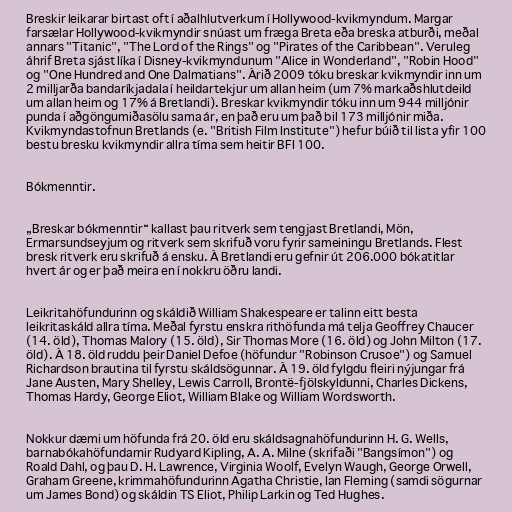
Breskir leikarar birtast oft í aðalhlutverkum í Hollywood-kvikmyndum. Margar
farsælar Hollywood-kvikmyndir snúast um fræga Breta eða breska atburði, meðal
annars "Titanic", "The Lord of the Rings" og "Pirates of the Caribbean". Veruleg
áhrif Breta sjást líka í Disney-kvikmyndunum "Alice in Wonderland", "Robin Hood"
og "One Hundred and One Dalmatians". Árið 2009 tóku breskar kvikmyndir inn um
2 milljarða bandaríkjadala í heildartekjur um allan heim (um 7% markaðshlutdeild
um allan heim og 17% á Bretlandi). Breskar kvikmyndir tóku inn um 944 milljónir
punda í aðgöngumiðasölu sama ár, en það eru um það bil 173 milljónir miða.
Kvikmyndastofnun Bretlands (e. "British Film Institute") hefur búið til lista yfir 100
bestu bresku kvikmyndir allra tíma sem heitir BFI 100.

Bókmenntir.

„Breskar bókmenntir“ kallast þau ritverk sem tengjast Bretlandi, Mön,
Ermarsundseyjum og ritverk sem skrifuð voru fyrir sameiningu Bretlands. Flest
bresk ritverk eru skrifuð á ensku. Á Bretlandi eru gefnir út 206.000 bókatitlar
hvert ár og er það meira en í nokkru öðru landi.

Leikritahöfundurinn og skáldið William Shakespeare er talinn eitt besta
leikritaskáld allra tíma. Meðal fyrstu enskra rithöfunda má telja Geoffrey Chaucer
(14. öld), Thomas Malory (15. öld), Sir Thomas More (16. öld) og John Milton (17.
öld). Á 18. öld ruddu þeir Daniel Defoe (höfundur "Robinson Crusoe") og Samuel
Richardson brautina til fyrstu skáldsögunnar. Á 19. öld fylgdu fleiri nýjungar frá
Jane Austen, Mary Shelley, Lewis Carroll, Brontë-fjölskyldunni, Charles Dickens,
Thomas Hardy, George Eliot, William Blake og William Wordsworth.

Nokkur dæmi um höfunda frá 20. öld eru skáldsagnahöfundurinn H. G. Wells,
barnabókahöfundarnir Rudyard Kipling, A. A. Milne (skrifaði "Bangsímon") og
Roald Dahl, og þau D. H. Lawrence, Virginia Woolf, Evelyn Waugh, George Orwell,
Graham Greene, krimmahöfundurinn Agatha Christie, Ian Fleming (samdi sögurnar
um James Bond) og skáldin TS Eliot, Philip Larkin og Ted Hughes.